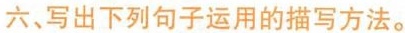
六、写出下列句子运用的描写方法。